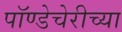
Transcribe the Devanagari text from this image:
पॉण्डेचेरीच्या